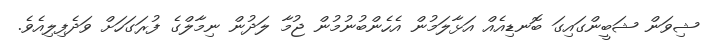
ޝިވަން ޝަބީންގައިގަ ބޮނޑިއެއް އަޅާލަމުން އެހެންބުނުމުން ޖުމާ ލަދުން ނިމާލްގެ ފުރަގަހަށް ވަދެފިލިއެވެ.